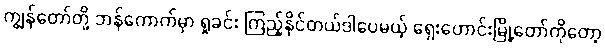
ကျွန်တော်တို့ ဘန်ကောက်မှာ ရှုခင်း ကြည့်နိုင်တယ်ဒါပေမယ့် ရှေးဟောင်းမြို့တော်ကိုတော့